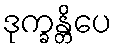
ဒုက္ခန္တိပေ